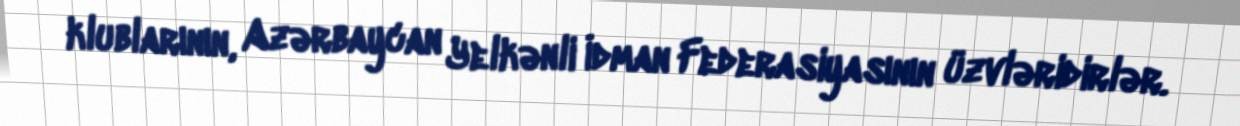
klublarının, Azərbaycan Yelkənli İdman Federasiyasının üzvləridirlər.